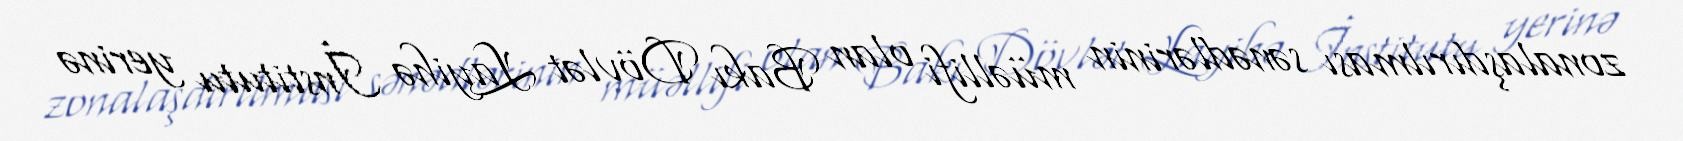
zonalaşdırılması sənədlərinin müəllifi olan Bakı Dövlət Layihə İnstitutu yerinə